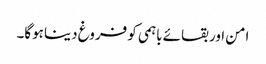
امن اور بقائے باہمی کو فروغ دینا ہوگا۔